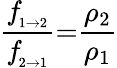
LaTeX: \frac{f\! _{_{1{\rightarrow}2}}}{f\! _{_{2{\rightarrow}1}}}{=}\frac{\rho_{2}}{\rho_{1}}